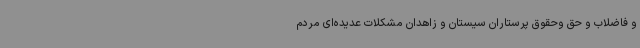
و فاضلاب و حق وحقوق پرستاران سیستان و زاهدان مشکلات عدیده‌ای مردم